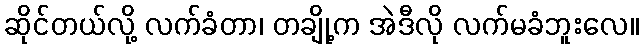
ဆိုင်တယ်လို့ လက်ခံတာ၊ တချို့က အဲဒီလို လက်မခံဘူးလေ။